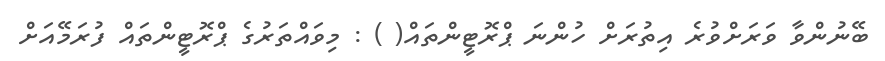
ބޭނުންވާ ވަރަށްވުރެ އިތުރަށް ހުންނަ ޕްރޮޓީންތައް( ) : މިވައްތަރުގެ ޕްރޮޓީންތައް ފުރަމޭއަށް